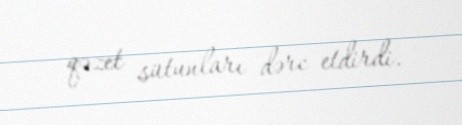
qəzet sütunları dərc etdirdi.